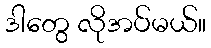
ဒါတွေ လိုအပ်မယ်။